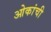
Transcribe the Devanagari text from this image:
ओकांची